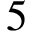
5